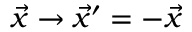
{ \vec { x } } \to { \vec { x } } ^ { \prime } = - { \vec { x } }